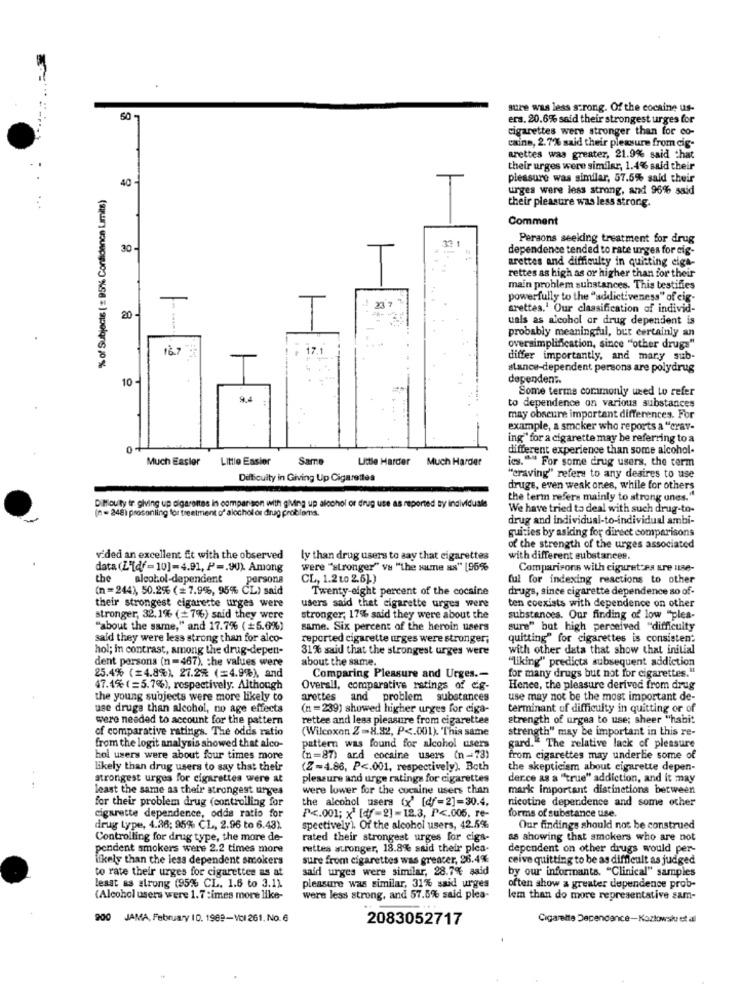
sure was less strong. Of the cocaine us-
50
ers. 20.6% said their strongest urges for
cigarettes were stronger than for co-
caine, 2.7% said their pleasure from cig-
arettes was greater, 21.9% said that
their urges were similar, 1.4% said their
40C
pleasure was similar, 57.5% said their
urges were less strong, and 96% said
% of Subjects ( = 9% Confidence Limits)
their pleasure was less strong.
Comment
Persons seeking treatment for drug
30-
dependence tended to rate urges for cig-
arettes and difficulty in quitting eiga-
rettes as high as or higher than for their
main problem substances. This testifies
powerfully to the "addictiveness" of eig-
23 7
srettes.' Our classification of individ-
20 -
uals as alcohol or drug dependent is
probably meaningful, but certainly an
16.7 3
17.
oversimplification, since "other drugs"
differ importantly, and mary sub-
stance-dependent persons are polydrug
10 -
dependent
Some terms commonly used to refer
to dependence on various substances
may obscure important differences. For
example, a smoker who reports a "crav-
ing" for a cigarette may be referring to a
different experience than some alcohol.
Much Easier
Little Easier
Same
Little Harder
Much Harder
ies."" For some drug users, the term
Difficulty in Giving Up Cigarettes
"craving" refers to any deaires to use
druge, even weak ones, while for others
the term refers mainly to strong unes."
DiMiouity tr. giving up cigarettes in comparison with gMing up alcohol or drug use as reported By individuale
We have tried to deal with such drug-to-
(n =248) prosonling for treatment of alochol or drug problems.
drug and individual-to-individual ambi-
quiries by asking for direct comparisons
of the strength of the urges associated
v'ded an excellent Et with the observed
ly than drug users to say that cigarettes
with different substances.
data (L"[df=10]=4.91, P =. 90). Among
were "stronger" vs "the same as" 196%
Comparisons with cigaret Ps ure use-
the
alcohol-dependent
persona
CL, 1.2 to 2.6].)
ful for indexing reactions to other
(n =244), 50.2% (= 7.9%, 95% CL) said
Twenty-eight percent of the cocaine
drugs, since cigarette dependence so of-
their strongest cigarette urges were
users said that cigarette urges were
ten coexists with dependence on other
stronger, 32.1% (= 7%) said they were
stronger, 17% said they were about the
substances. Our finding of low "plea-
"about the same," and 17.7% (=5.6%)
same. Six percent of the heroin users
sure" but high perceived "difficulty
said they were less strong than for alco-
reported cigarette urges were stronger;
quitting" for cigarettes is consistent
hol; in contrast, among the drug-depen-
31% said that the strongest urges were
with other data that show that initial
dent porsons (n =467). the values were
about the same.
"liking" predicts subsequent addiction
25.4% (=4.8%), 27.2% (=4.9%), and
Comparing Pleasure and Urges .-
for many drugs but not for cigarettes."
47.4% ( =5.7%), respectively. Although
Overall, comparative ratings of cig-
Hence, the pleasure derived from drug
the young subjects were more likely to
arettes and problem substances
use may not be the most important de-
use druga than alcohol, no age effects
(n =239) showed higher urges for ciga-
terminant of difficulty in quitting or of
were needed to account for the pattern
rettes and less pleasure from cigarettee
strength of urgea to use; sheer "habit
of comparative ratings. The odds ratio
(Wilcoxon Z=8.32, P <. 001). This same
strength" may be important in this re-
from the logit analysis showed that alco-
pattern was found for alcohol users
gard. The relative lack of pleasure
hol users were about four times more
(n=87) ard cocaine users (n-73)
from cigarettes may underle some of
likely than drug users to say that their
(Z=4.86, P <. 001, respectively). Both
the skepticism about cigarette depen-
strongest urges for cigarettes were at
pleasure and urge ratings for cigarettes
der.ce as a ""true" addiction, and it may
least the same as their strongest urges
were lower for the cocaine users than
mark Important distinctions between
for their problem drug (controlling for
the alcohol users (x' [df=2]-30.4.
nicotine dependence and some other
cigarette dependence, odds ratio for
P <. 001; x' [df-2]-12.3, P <. 006, re-
forms of substance use.
drug type, 4.26; 95% CL, 2.96 to 6.43).
spectively). Of the alcohol users, 42.5%
Our findings should not be construed
Controlling for drug type, the more de-
rated their strongest urges for cigs-
as showing that smokers who are not
pendent smokers were 2.2 times more
rettes stronger, 18.8% said their plea-
dependent on other drugs would per-
likely than the less dependent smokers
sure from cigarettes was greacer, 26.4%
ceive quitting to be as difficult as judged
to rate their urges for cigarettes as at
said urges were similar, 28.7% said
by our informants. "Clinical" samples
least as strong (95% CL. 1.6 to 3.1).
pleasure was similar, 31% said urges
often show a greater dependence prob-
(Alcohol users were 1.7 :imes more like-
were less strong, and 57.6% said plea-
lem than do more representative sam-
900 JAMA, February 10. 1969-Vcl 261. No.6
2083052717
Cigarette Dependance-Kozlowsku et al